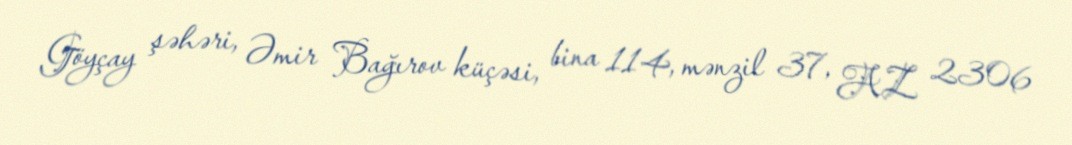
Göyçay şəhəri, Əmir Bağırov küçəsi, bina 114, mənzil 37, AZ 2306